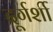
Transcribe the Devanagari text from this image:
दूर्गर्शी